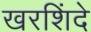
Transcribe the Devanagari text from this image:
खरशिंदे